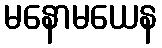
မနောမယေန